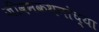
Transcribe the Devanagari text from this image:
जीवनकथनांच्या